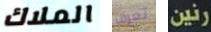
الملاك تعرف رنين